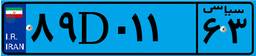
۶۱D۶۴۹۶۴